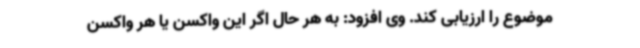
موضوع را ارزیابی کند. وی افزود: به هر حال اگر این واکسن یا هر واکسن